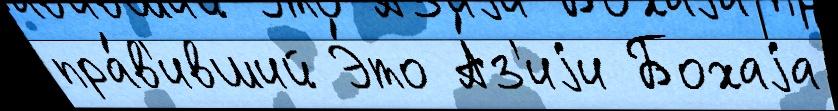
пра́в'ивший Э́то А́з'иjи Бохаjа